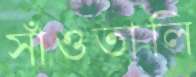
সাঁওতালি